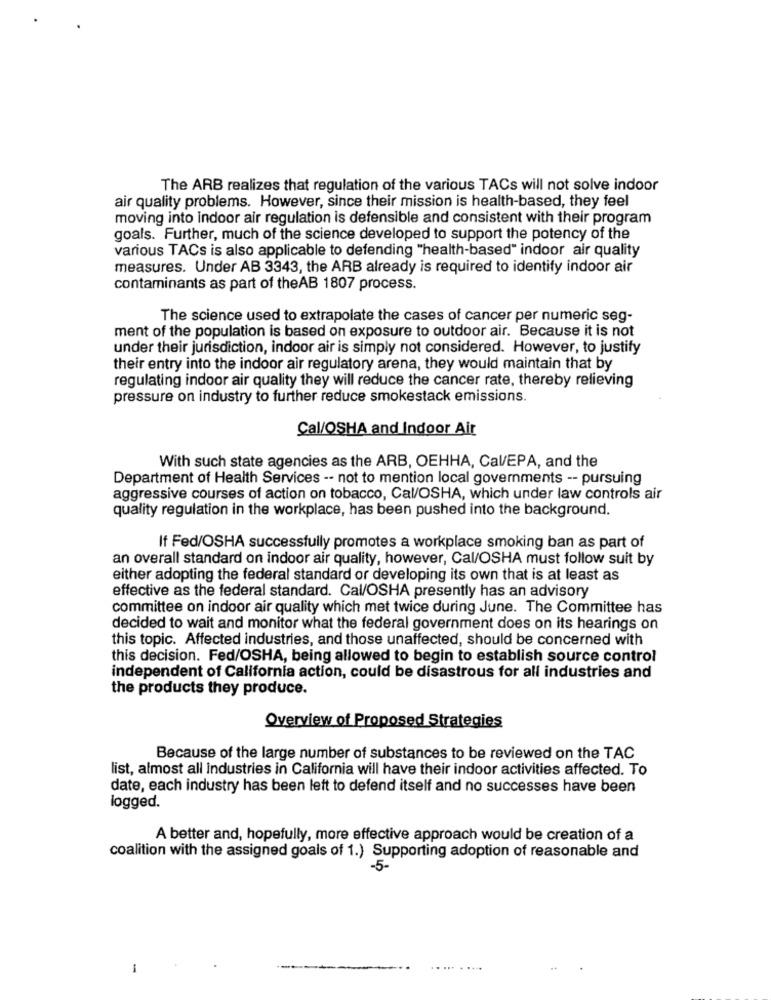
The ARB realizes that regulation of the various TACs will not solve indoor
air quality problems. However, since their mission is health-based, they feel
moving into indoor air regulation is defensible and consistent with their program
goals. Further, much of the science developed to support the potency of the
various TACs is also applicable to defending "health-based" indoor air quality
measures. Under AB 3343, the ARB already is required to identify indoor air
contaminants as part of theAB 1807 process.
The science used to extrapolate the cases of cancer per numeric seg-
ment of the population is based on exposure to outdoor air. Because it is not
under their jurisdiction, indoor air is simply not considered. However, to justify
their entry into the indoor air regulatory arena, they would maintain that by
regulating indoor air quality they will reduce the cancer rate, thereby relieving
pressure on industry to further reduce smokestack emissions.
Cal/OSHA and Indoor Air
With such state agencies as the ARB, OEHHA, Cal/EPA, and the
Department of Health Services -- not to mention local governments -- pursuing
aggressive courses of action on tobacco, Cal/OSHA, which under law controls air
quality regulation in the workplace, has been pushed into the background.
If Fed/OSHA successfully promotes a workplace smoking ban as part of
an overall standard on indoor air quality, however, Cal/OSHA must follow suit by
either adopting the federal standard or developing its own that is at least as
effective as the federal standard. Cal/OSHA presently has an advisory
committee on indoor air quality which met twice during June. The Committee has
decided to wait and monitor what the federal government does on its hearings on
this topic. Affected industries, and those unaffected, should be concerned with
this decision. Fed/OSHA, being allowed to begin to establish source control
independent of California action, could be disastrous for all industries and
the products they produce.
Overview of Proposed Strategies
Because of the large number of substances to be reviewed on the TAC
list, almost all industries in California will have their indoor activities affected. To
date, each industry has been left to defend itself and no successes have been
logged.
A better and, hopefully, more effective approach would be creation of a
coalition with the assigned goals of 1.) Supporting adoption of reasonable and
-5-
1